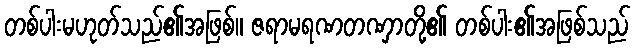
တစ်ပါးမဟုတ်သည်၏အဖြစ်။ ဇရာမရဏတဏှာတို့၏ တစ်ပါး၏အဖြစ်သည်